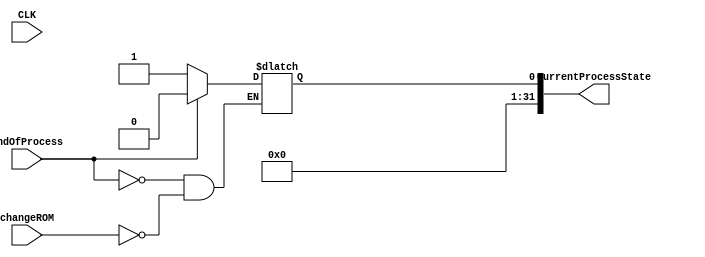
module SetProcessState(CLK,CurrentProcessState, changeROM, EndOfProcess);
	input CLK;
	output reg [31:0] CurrentProcessState;
	input changeROM;
	input EndOfProcess;
	
	initial begin
		CurrentProcessState = 1;
	end
	
	always@(CLK)begin
		if(changeROM)begin
			CurrentProcessState <= 1;
		end
		if(EndOfProcess)begin
			CurrentProcessState <= 0;
		end
	end
endmodule